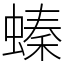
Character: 螓